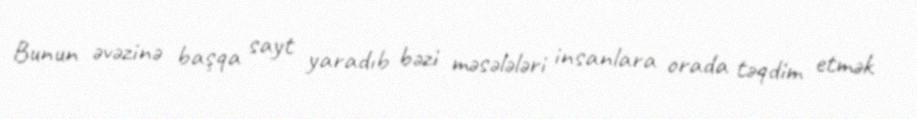
Bunun əvəzinə başqa sayt yaradıb bəzi məsələləri insanlara orada təqdim etmək